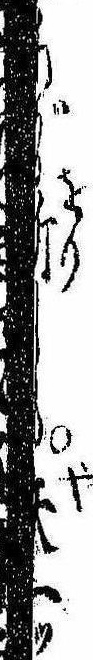
あが折しも矢一ツ